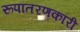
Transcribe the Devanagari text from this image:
रूपांतरणकारी